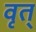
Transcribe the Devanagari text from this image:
वृत्